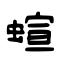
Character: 蝖